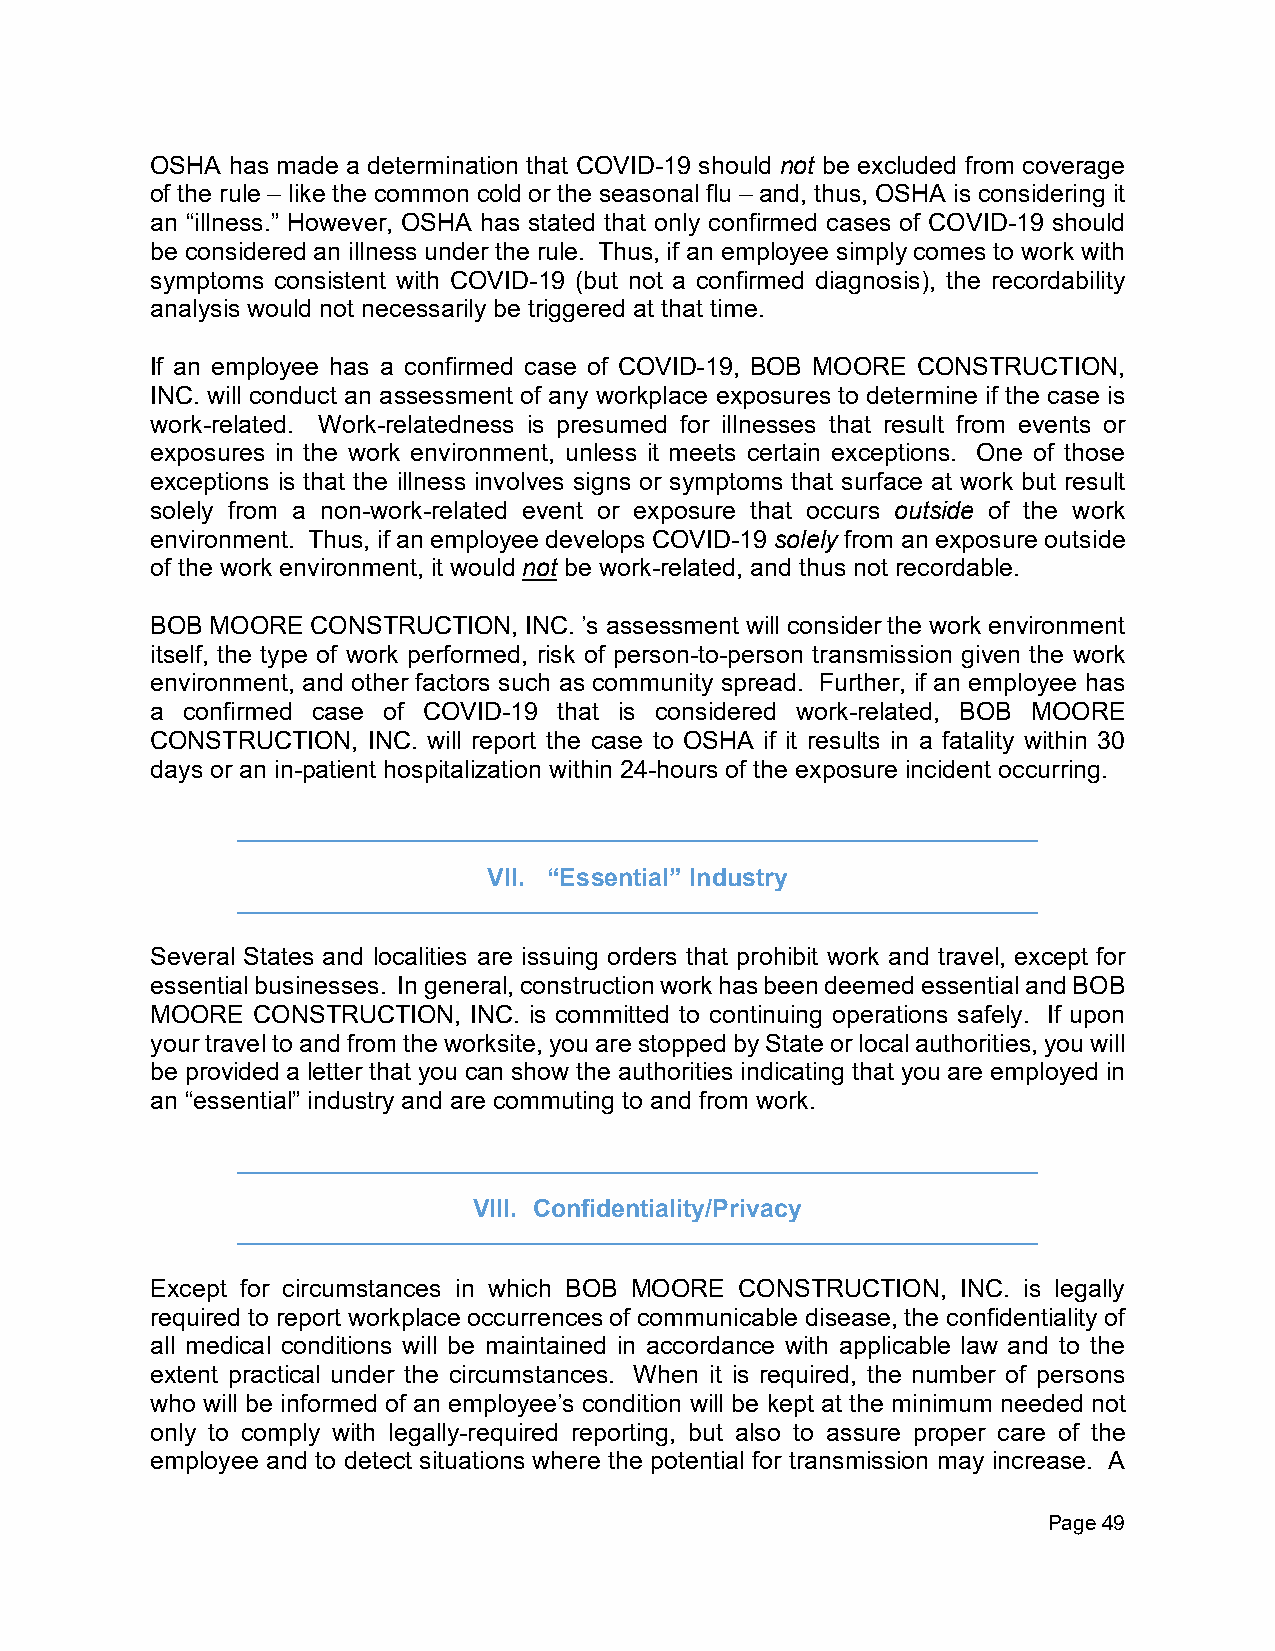
OSHA has made a determination that COVID-19 should not be excluded from coverage
 of the rule – like the common cold or the seasonal flu – and, thus, OSHA is considering it
 an “illness.” However, OSHA has stated that only confirmed cases of COVID-19 should
 be considered an illness under the rule. Thus, if an employee simply comes to work with
 symptoms consistent with COVID-19 (but not a confirmed diagnosis), the recordability
 analysis would not necessarily be triggered at that time.
 If an employee has a confirmed case of COVID-19, BOB MOORE CONSTRUCTION,
 INC. will conduct an assessment of any workplace exposures to determine if the case is
 work-related. Work-relatedness is presumed for illnesses that result from events or
 exposures in the work environment, unless it meets certain exceptions. One of those
 exceptions is that the illness involves signs or symptoms that surface at work but result
 solely from a non-work-related event or exposure that occurs outside of the work
 environment. Thus, if an employee develops COVID-19 solely from an exposure outside
 of the work environment, it would not be work-related, and thus not recordable.
 BOB MOORE  CONSTRUCTION, INC. ’s assessment will consider the work environment
 itself, the type of work performed, risk of person-to-person transmission given the work
 environment, and other factors such as community spread. Further, if an employee has
 a confirmed case of COVID-19 that is considered work-related, BOB MOORE
 CONSTRUCTION, INC. will report the case to OSHA if it results in a fatality within 30
 days or an in-patient hospitalization within 24-hours of the exposure incident occurring.
 VII. “Essential” Industry
 Several States and localities are issuing orders that prohibit work and travel, except for
 essential businesses. In general, construction work has been deemed essential and BOB
 MOORE  CONSTRUCTION, INC. is committed to continuing operations safely. If upon
 your travel to and from the worksite, you are stopped by State or local authorities, you will
 be provided a letter that you can show the authorities indicating that you are employed in
 an “essential” industry and are commuting to and from work.
 VIII. Confidentiality/Privacy
 Except for circumstances in which BOB MOORE CONSTRUCTION, INC. is legally
 required to report workplace occurrences of communicable disease, the confidentiality of
 all medical conditions will be maintained in accordance with applicable law and to the
 extent practical under the circumstances. When it is required, the number of persons
 who will be informed of an employee’s condition will be kept at the minimum needed not
 only to comply with legally-required reporting, but also to assure proper care of the
 employee and to detect situations where the potential for transmission may increase. A
 Page 49